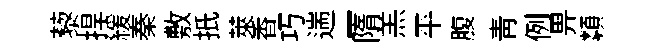
藜捍緩秦敷扺萊香巧遄一隋羔平腹靑例畀纇